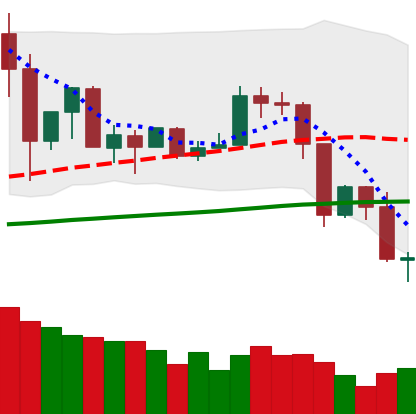
Ticker: TRX-USD
Chart end date: 2019-07-15
Forward return: 14.782%
Label: up_7plus